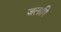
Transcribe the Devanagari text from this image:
जलाणि